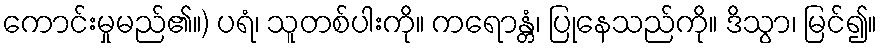
ကောင်းမှုမည်၏။) ပရံ၊ သူတစ်ပါးကို။ ကရောန္တံ၊ ပြုနေသည်ကို။ ဒိသွာ၊ မြင်၍။